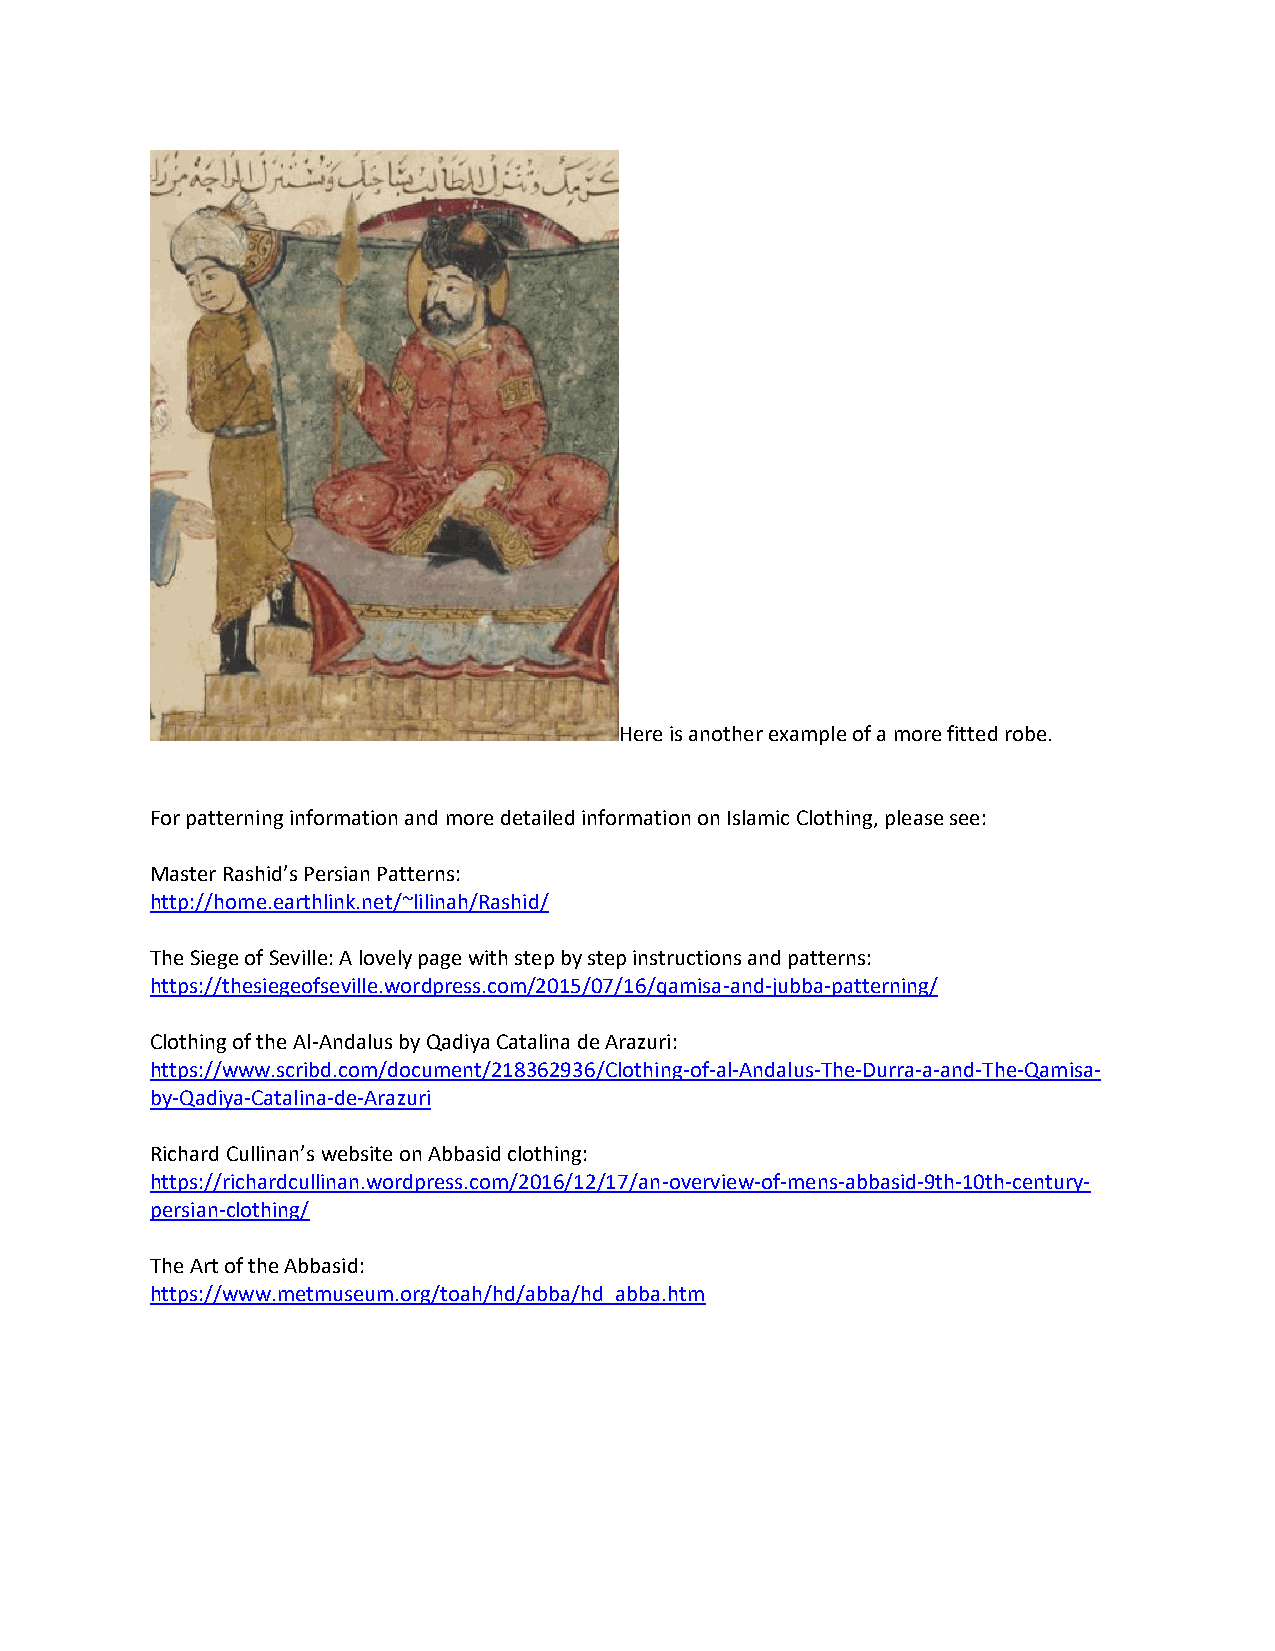
Here is another example of a more fitted robe.
 For patterning information and more detailed information on Islamic Clothing, please see:
 Master Rashid’s Persian Patterns:
 http://home.earthlink.net/~lilinah/Rashid/
 The Siege of Seville: A lovely page with step by step instructions and patterns:
 https://thesiegeofseville.wordpress.com/2015/07/16/qamisa-and-jubba-patterning/
 Clothing of the Al-Andalus by Qadiya Catalina de Arazuri:
 https://www.scribd.com/document/218362936/Clothing-of-al-Andalus-The-Durra-a-and-The-Qamisa-
 by-Qadiya-Catalina-de-Arazuri
 Richard Cullinan’s website on Abbasid clothing:
 https://richardcullinan.wordpress.com/2016/12/17/an-overview-of-mens-abbasid-9th-10th-century-
 persian-clothing/
 The Art of the Abbasid:
 https://www.metmuseum.org/toah/hd/abba/hd_abba.htm